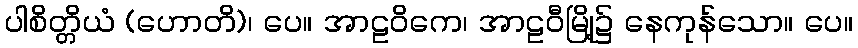
ပါစိတ္တိယံ (ဟောတိ)၊ ပေ။ အာဠဝိကေ၊ အာဠဝီမြို့၌ နေကုန်သော။ ပေ။